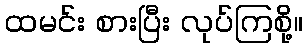
ထမင်း စားပြီး လုပ်ကြစို့။